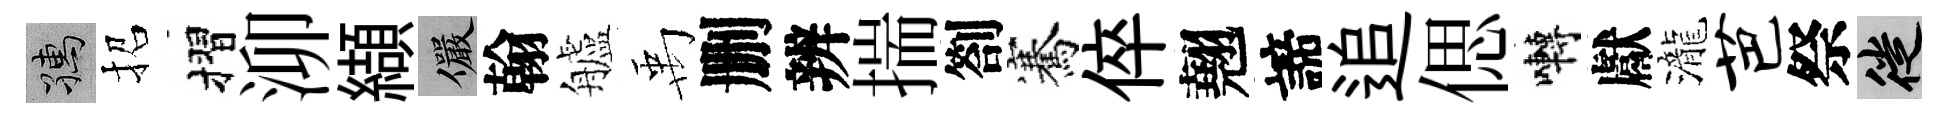
孺招摺泖纈儼翰艫禹删辨揣劄騫倅翹諦追偲囀獻瀧芭祭徙